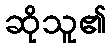
ဆိုသူ၏